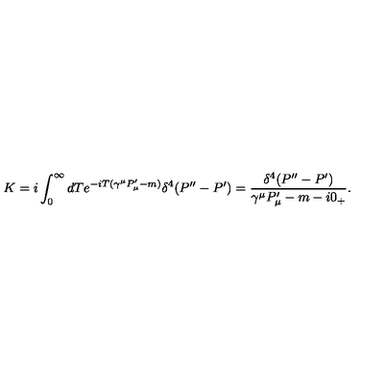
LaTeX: K = i \int _ { 0 } ^ { \infty } d T e ^ { - i T ( \gamma ^ { \mu } P _ { \mu } ^ { \prime } - m ) } \delta ^ { 4 } ( P ^ { \prime \prime } - P ^ { \prime } ) = { \frac { \delta ^ { 4 } ( P ^ { \prime \prime } - P ^ { \prime } ) } { \gamma ^ { \mu } P _ { \mu } ^ { \prime } - m - i 0 _ { + } } } .